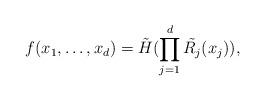
LaTeX: \begin{align*}f(x_1,\dots,x_d)=\tilde{H}(\prod_{j=1}^d\tilde{R_j}(x_j)),\end{align*}